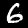
Label: 6